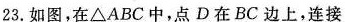
23.如图，在△ABC中，点D在BC边上，连接